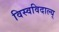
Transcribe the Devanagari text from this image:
विस्वविदाल्य्